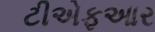
ટીએફઆર